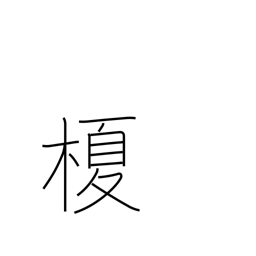
Meaning: lotus tree